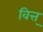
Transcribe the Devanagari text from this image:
वित्त्